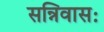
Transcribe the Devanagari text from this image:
सन्निवासः